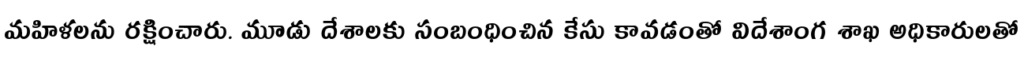
మహిళలను రక్షించారు. మూడు దేశాలకు సంబంధించిన కేసు కావడంతో విదేశాంగ శాఖ అధికారులతో